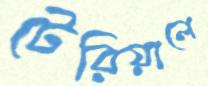
টেরিয়ালে